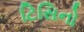
ટિસિનો